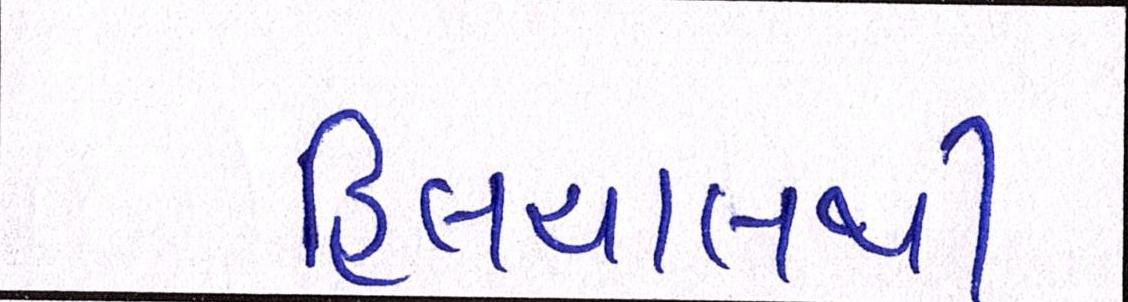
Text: હિલચાલથી